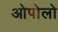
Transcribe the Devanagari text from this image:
ओपोलो